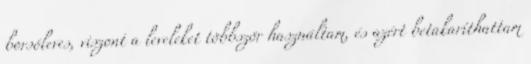
borsóleves, viszont a leveleket többször használtam, és azért betakaríthattam